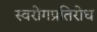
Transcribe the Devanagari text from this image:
स्वरोगप्रतिरोध